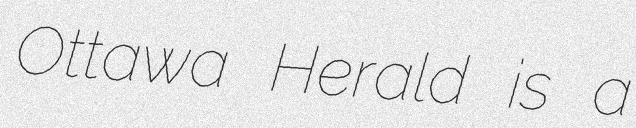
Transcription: Ottawa Herald is a